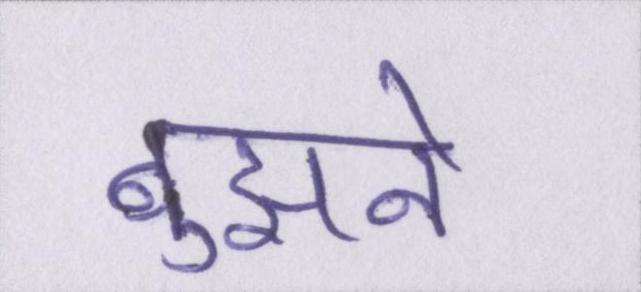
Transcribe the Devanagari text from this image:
बुझने